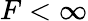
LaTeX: F<\infty